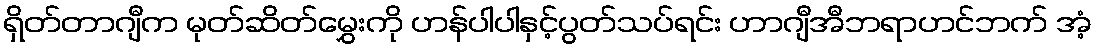
ရှိတ်တာဂျီက မုတ်ဆိတ်မွှေးကို ဟန်ပါပါနှင့်ပွတ်သပ်ရင်း ဟာဂျီအီဘရာဟင်ဘက် အံ့